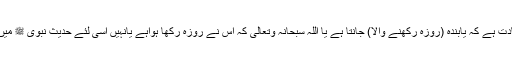
باقی عبادتوں میں نمود و نمائش، دکھلاوا، ریاکاری ہوسکتی ہے لیکن روزہ ایک ایسی عبادت ہے کہ یابندہ (روزہ رکھنے والا) جانتا ہے یا اللہ سبحانہ وتعالیٰ کہ اس نے روزہ رکھا ہواہے یانہیں اسی لئے حدیث نبوی ﷺ میں ہے:الصوم لی وانا اجزی بہ” روزہ میرے لئے ہے اورمیں ہی اس کی جزا عطا کروں گا۔